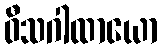
ဝီသဂါထာယော